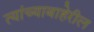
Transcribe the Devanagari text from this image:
त्यांच्याबाहेरील